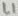
Text: L1